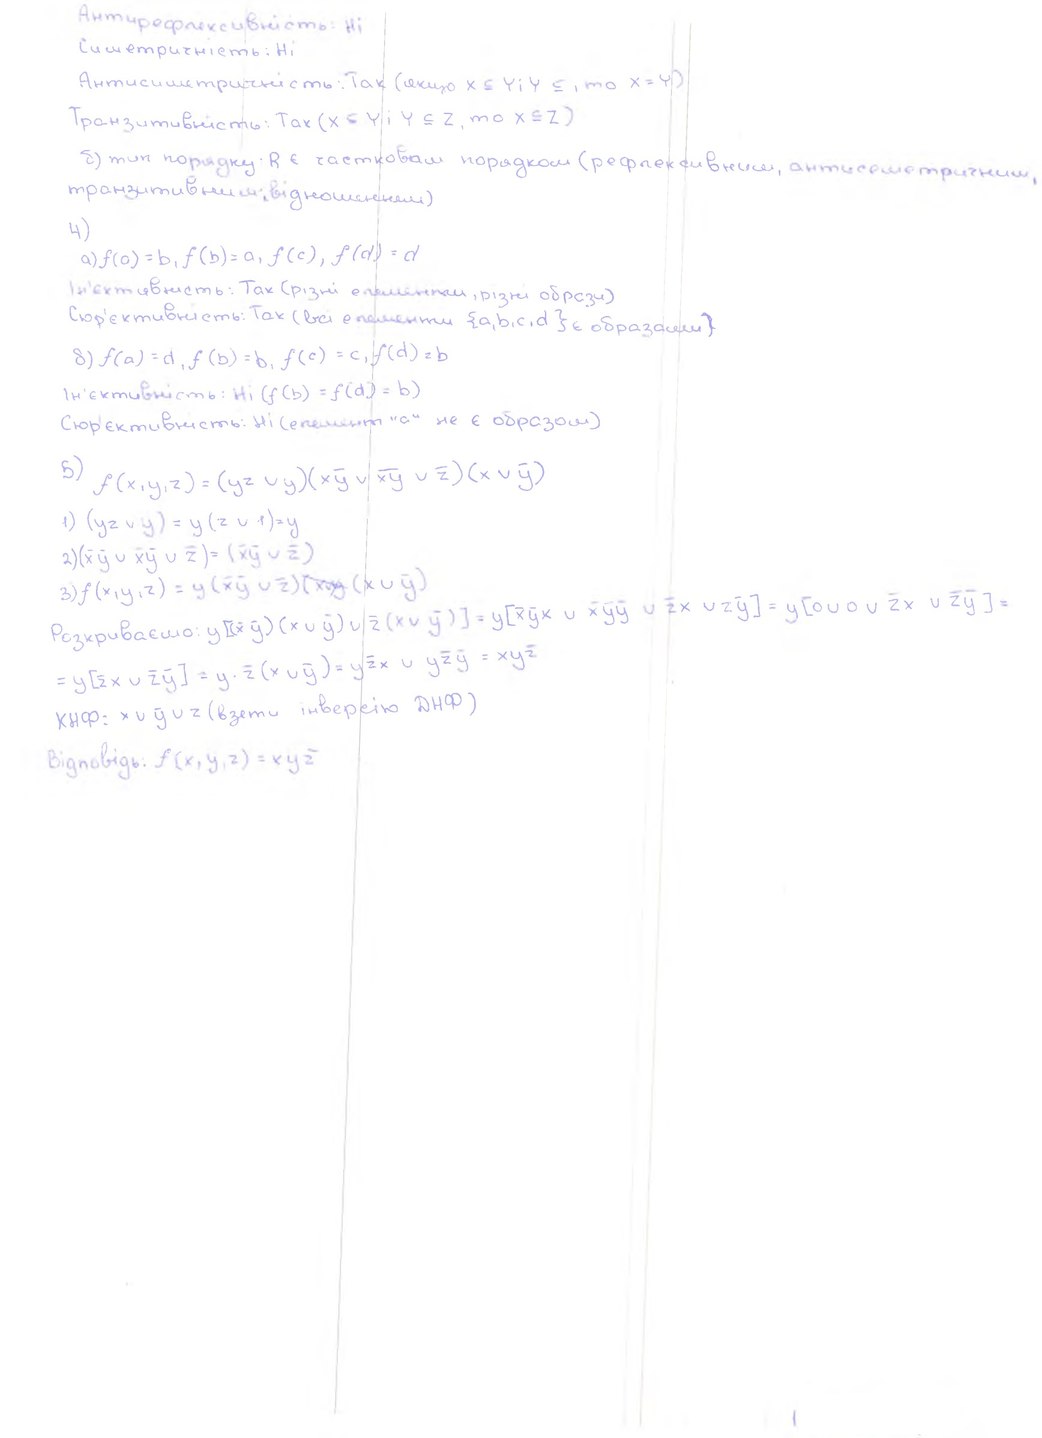
Антирефлексивність: ні
Симетричність: Ні
Антисиметричність: Так (якщо x ⊆ Y i Y ⊆, то x = Y)
Транзитивність: Так (X ⊆ Y і Y ⊆ Z, то X ⊆ Z)
б) тип порядку: R є частковим порядком (рефлексивним, антисиметричним,
транзитивними відношеннями)
4)
a) f(a) = b, f(b) = a, f(c), f(d) = d
Ін'єктивність: Так (різні елементи, різні образи)
Сюр'єктивність: Так (всі елементи {a, b, c, d} є образами)
б) f(a) = d, f(b) = b, f(c) = c, f(d) = b
Ін'єктивність: Ні (f(b) = f(d) = b)
Сюр'єктивність: ні (елемент "а" не є образом)
5) f(x, y, z) = (yz ∪ y)(xȳ ∪  xy ∪ Ź)(x ∪ ȳ)
1) (yz ∪ y) = y(z ∪ 1) = y
2) (xy ∪ xy ∪ z) = (xy ∪ z)
3) f(x, y, z) = y(\bar{x}\bar{y} \cup \bar{z}) [illegible] (x \cup \bar{y})
3)Розкриваємо: y [ (xȳ) (x ∪ ȳ) ∪ Ź (x ∪ ȳ) ] = y [xȳx ∪ ȳȳ ∪ Źx ∪ Źȳ] = y [0 ∪ 0 ∪ Źx ∪ Źȳ] =
= y[zv ∪ zy] = y * z(x ∪ y) = yzx ∪ yzy = xyz
КНФ: x ∪ y̅ ∪ z (взяти інверсію ДНФ)
Відповідь: f(x,y,z) = xyz